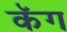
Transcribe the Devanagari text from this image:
कॅग